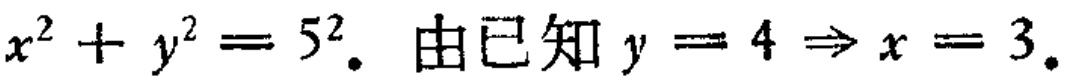
\(x^{2}+y^{2}=5^{2}.\) 由已知 \(y = 4\Rightarrow x = 3.\)